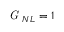
\textit { G } _ { N L } = 1